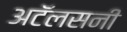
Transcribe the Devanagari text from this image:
अटॅलसनी